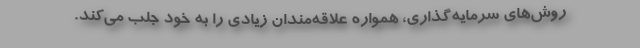
روش‌های سرمایه‌گذاری، همواره علاقه‌مندان زیادی را به خود جلب می‌کند.